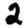
Digit: 2